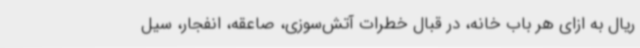
ریال به ازای هر باب خانه، در قبال خطرات آتش‌سوزی، صاعقه، انفجار، سیل